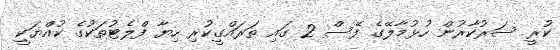
ކުރީ ސަރުކާރުން ހުޅުމާލޭގެ ފޭސް 2 ގައި ތަރައްގީކުރި ހިޔާ ފްލެޓުތަކުގެ ކުއްޔަކީ